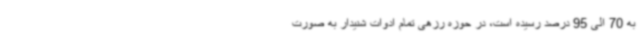
به 70 الی 95 درصد رسیده است، در حوزه رزهی تمام ادوات شنیدار به صورت